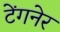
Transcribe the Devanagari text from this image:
टेंगनेर